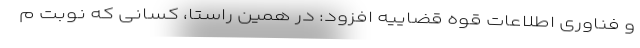
و فناوری اطلاعات قوه قضاییه افزود: در همین راستا، کسانی که نوبت م